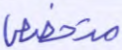
متخصص